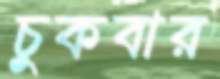
চুকবার